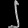
Digit: ၂